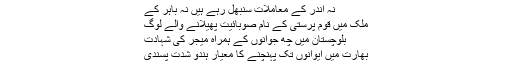
نہ اندر کے معاملات سنبھل رہے ہیں نہ باہر کے
ملک میں قوم پرستی کے نام صوبائیت پھیلانے والے لوگ
بلوچستان میں چھ جوانوں کے ہمراہ میجر کی شہادت
بھارت میں ایوانوں تک پہنچنے کا معیار ہندو شدت پسندی